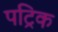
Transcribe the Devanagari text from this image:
पट्रिक